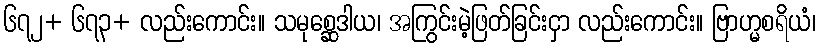
၆၇၂+ ၆၇၃+ လည်းကောင်း။ သမုစ္ဆေဒါယ၊ အကြွင်းမဲ့ဖြတ်ခြင်းငှာ လည်းကောင်း။ ဗြာဟ္မစရိယံ၊